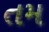
તમ